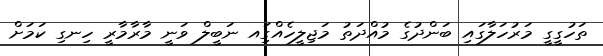
ތަހުގީގީ މަރުހަލާގައި ބަންދުގެ މުއްދަތު މަޖިލީހެއްގަިއ ނަބީލް ވަނީ މާރާމާރީ ހިނގި ކަމަށް